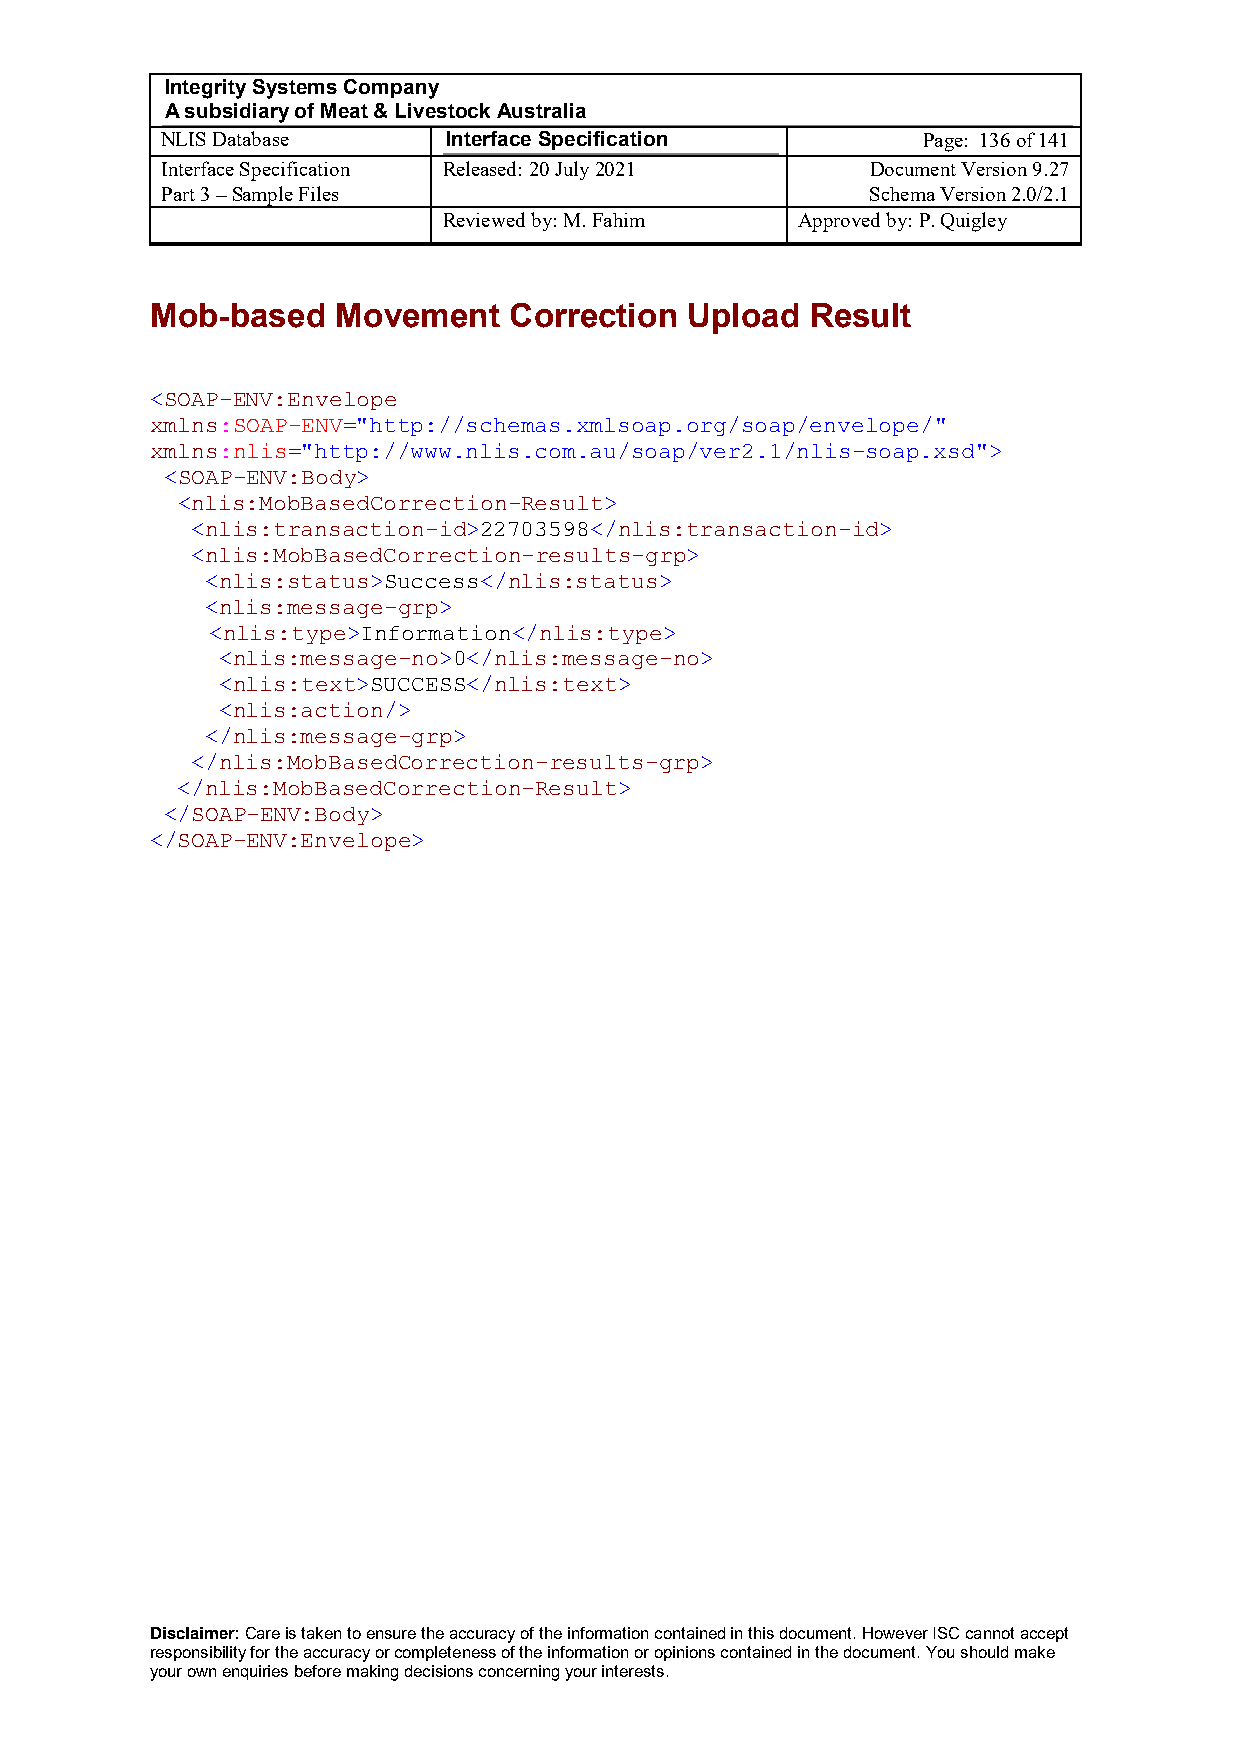
Integrity Systems Company
 A subsidiary of Meat & Livestock Australia
 NLIS Database      Interface Specification        Page: 136 of 141
 Interface Specification Released: 20 July 2021 Document Version 9.27
 Part 3 – Sample Files                          Schema Version 2.0/2.1
 Reviewed by: M. Fahim   Approved by: P. Quigley
 Mob-based   Movement    Correction Upload   Result
 <SOAP-ENV:Envelope
 xmlns:SOAP-ENV="http://schemas.xmlsoap.org/soap/envelope/"
 xmlns:nlis="http://www.nlis.com.au/soap/ver2.1/nlis-soap.xsd">
 <SOAP-ENV:Body>
 <nlis:MobBasedCorrection-Result>
 <nlis:transaction-id>22703598</nlis:transaction-id>
 <nlis:MobBasedCorrection-results-grp>
 <nlis:status>Success</nlis:status>
 <nlis:message-grp>
 <nlis:type>Information</nlis:type>
 <nlis:message-no>0</nlis:message-no>
 <nlis:text>SUCCESS</nlis:text>
 <nlis:action/>
 </nlis:message-grp>
 </nlis:MobBasedCorrection-results-grp>
 </nlis:MobBasedCorrection-Result>
 </SOAP-ENV:Body>
 </SOAP-ENV:Envelope>
 Disclaimer: Care is taken to ensure the accuracy of the information contained in this document. However ISC cannot accept
 responsibility for the accuracy or completeness of the information or opinions contained in the document. You should make
 your own enquiries before making decisions concerning your interests.